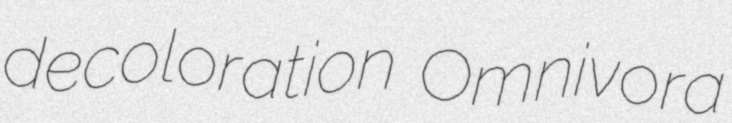
decoloration Omnivora